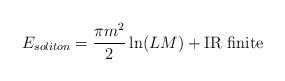
LaTeX: \begin{align*}E_{soliton}=\frac{\pi m^2}{2} \ln (LM)+{\rm IR \ finite}\end{align*}